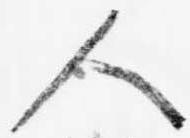
人